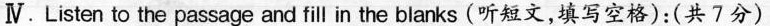
Ⅳ.Listen to the passage and fill in the blanks (听短文,填写空格):(共 7分)